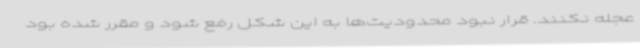
عجله نکنند. قرار نبود محدودیت‌ها به این شکل رفع شود و مقرر شده بود